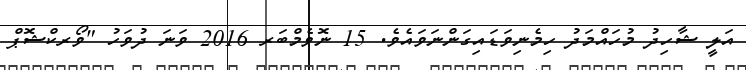
އަލީ ޝާހިދު މުހައްމަދު ހިމެނިވަޑައިގަންނަވައެވެ. 15 ނޮވެމްބަރ 2016 ވަނަ ދުވަހު "ވޯރކްޝޮޕް